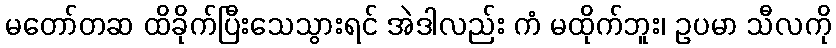
မတော်တဆ ထိခိုက်ပြီးသေသွားရင် အဲဒါလည်း ကံ မထိုက်ဘူး၊ ဥပမာ သီလကို